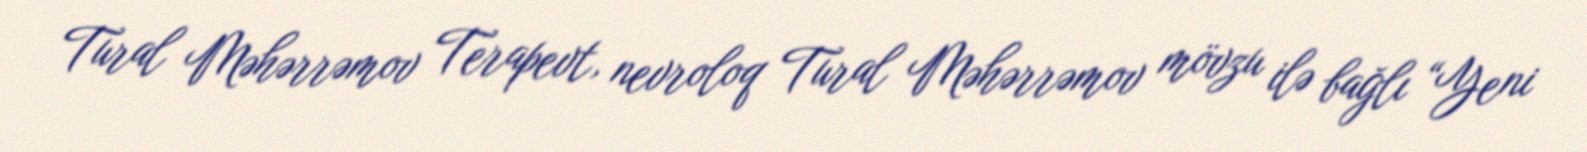
Tural Məhərrəmov Terapevt, nevroloq Tural Məhərrəmov mövzu ilə bağlı “Yeni